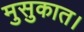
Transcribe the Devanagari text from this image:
मुसुकात।